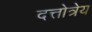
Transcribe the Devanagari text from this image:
दत्तोत्रेय